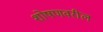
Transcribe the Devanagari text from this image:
शोषणवरील